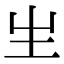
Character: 𤯓